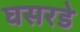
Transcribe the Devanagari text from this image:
घसरडे